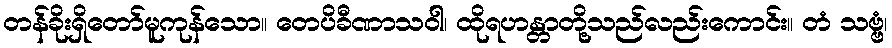
တန်ခိုးရှိတော်မူကုန်သော။ တေပိခီဏာသဝါ၊ ထိုရဟန္တာတို့သည်လည်းကောင်း။ တံ သဗ္ဗံ၊